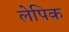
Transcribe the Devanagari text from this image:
लेपिक